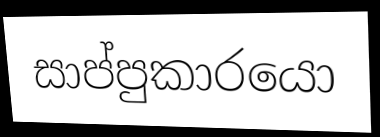
සාප්පුකාරයො